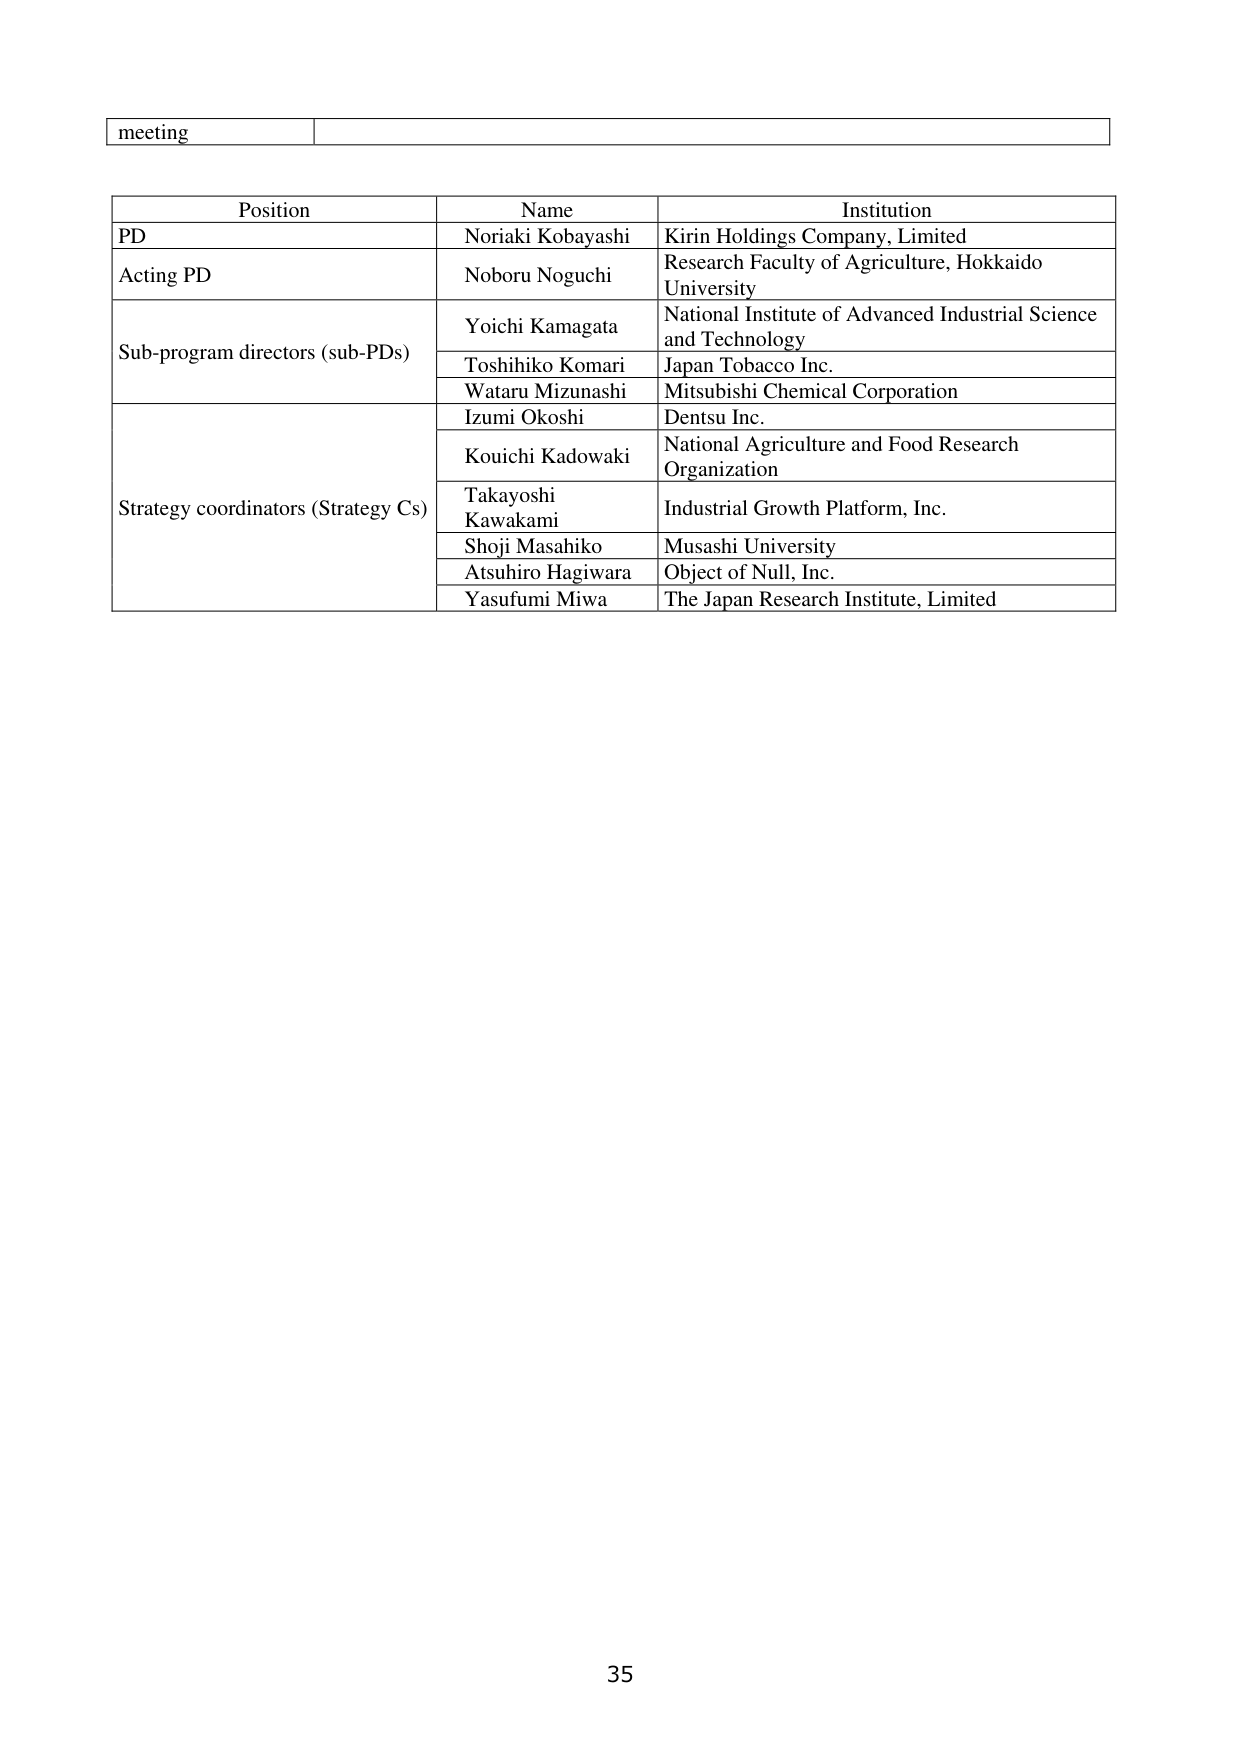
meeting

Position	Name	Institution
PD	Noriaki Kobayashi	Kirin Holdings Company, Limited
Acting PD	Noboru Noguchi	Research Faculty of Agriculture, Hokkaido University
Sub-program directors (sub-PDs)	Yoichi Kamagata	National Institute of Advanced Industrial Science and Technology
		Toshihiko Komari	Japan Tobacco Inc.
		Wataru Mizunashi	Mitsubishi Chemical Corporation
Strategy coordinators (Strategy Cs)	Izumi Okoshi	Dentsu Inc.
		Kouichi Kadowaki	National Agriculture and Food Research Organization
		Takayoshi Kawakami	Industrial Growth Platform, Inc.
		Shoji Masahiko	Musashi University
		Atsuhiro Hagiwara	Object of Null, Inc.
		Yasufumi Miwa	The Japan Research Institute, Limited

35